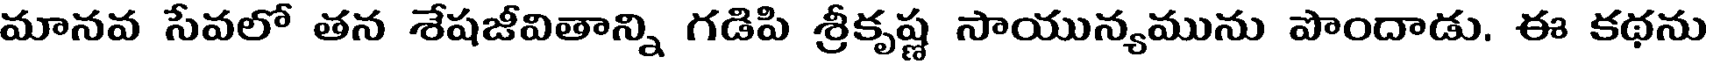
మానవ సేవలో తన శేషజీవితాన్ని గడిపి శ్రీకృష్ణ సాయున్యమును పొందాడు. ఈ కథను